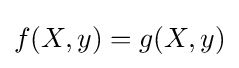
f(X,y)=g(X,y)